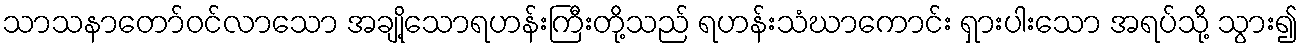
သာသနာတော်ဝင်လာသော အချို့သောရဟန်းကြီးတို့သည် ရဟန်းသံဃာကောင်း ရှားပါးသော အရပ်သို့ သွား၍